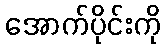
အောက်ပိုင်းကို